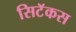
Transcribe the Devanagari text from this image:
सिटॅकस